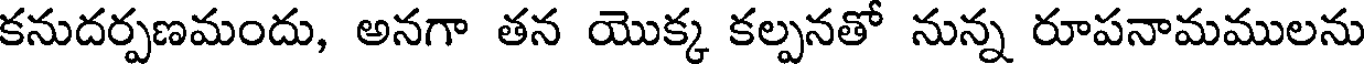
కనుదర్పణమందు, అనగా తన యొక్క కల్పనతో నున్న రూపనామములను